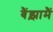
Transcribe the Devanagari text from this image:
बैंझ़ामैं